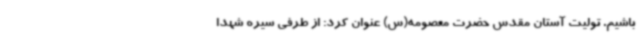
باشیم. تولیت آستان مقدس حضرت معصومه(س) عنوان کرد: از طرفی سیره شهدا